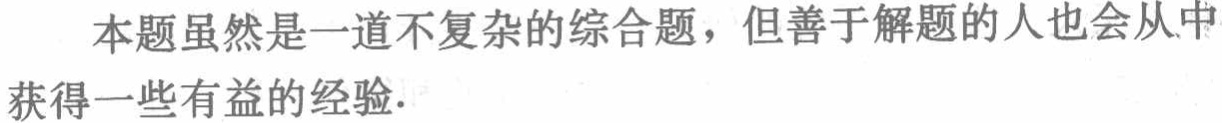
本题虽然是一道不复杂的综合题，但善于解题的人也会从中获得一些有益的经验.